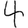
Digit: 4